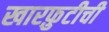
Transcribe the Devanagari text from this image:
खारफ़ुटीची